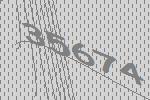
35674